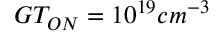
G T _ { O N } = 1 0 ^ { 1 9 } c m ^ { - 3 }